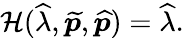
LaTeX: \mathcal{H}(\widehat{\lambda},\widetilde{\boldsymbol{p}},\widehat{\boldsymbol{p}})=\widehat{\lambda}.